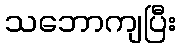
သဘောကျပြီး